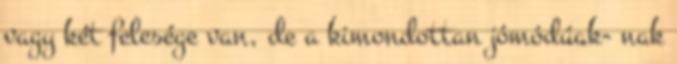
vagy két felesége van, de a kimondottan jómódúak- nak